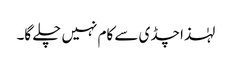
لہٰذا چڈی سے کام نہیں چلے گا۔